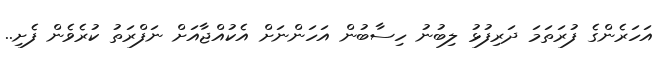
އަހަރެންގެ ފުރަތަމަ ދަރިފުޅު ލިބުނު ހިސާބުން އަހަންނަށް އެކުއްޖާއަށް ނަފްރަތު ކުރެވެން ފެށި..